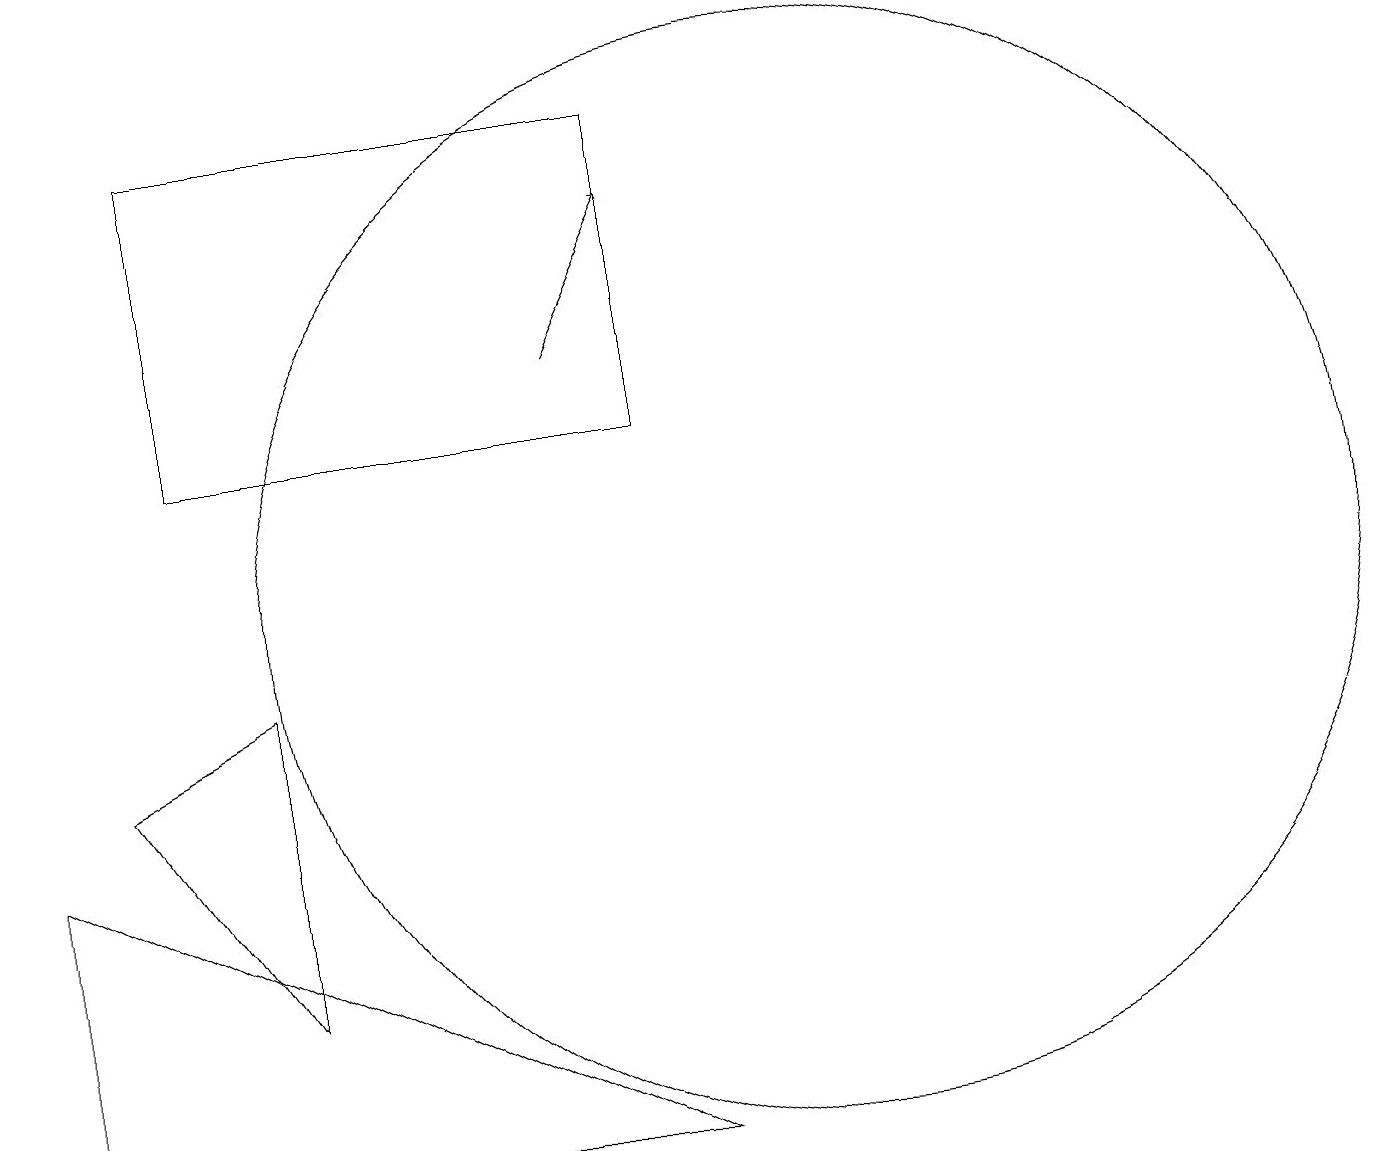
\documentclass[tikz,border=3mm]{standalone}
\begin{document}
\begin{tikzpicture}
\draw[->] (8,13) -- (9,15);
\draw (11,10) circle (7);
\draw (3,16) rectangle (9,12);
\draw (2,8) -- (4,9) -- (4,5) -- cycle;
\draw (1,3) -- (9,3) -- (1,7) -- cycle;
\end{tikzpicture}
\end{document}